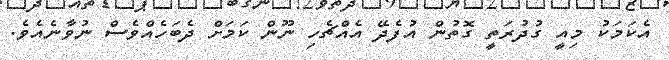
އެކަމަކު މިއީ ގުދުރަތީ ގޮތުން އުފެދޭ އެއްޗެހި ނޫން ކަމަށް ދެބަހެއްވެސް ނުވާނެއެވެ.